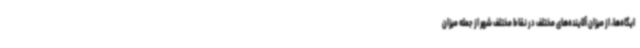
ایگاه‌ها، از میزان آلاینده‌های مختلف در نقاط مختلف شهر از جمله میزان